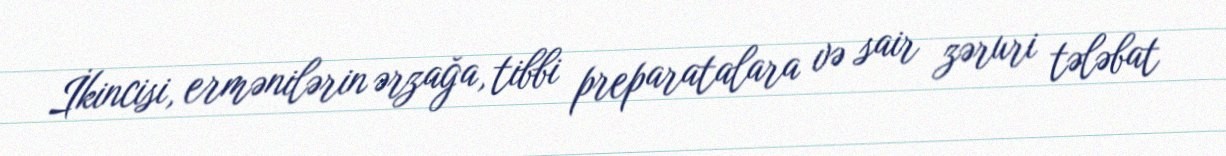
İkincisi, ermənilərin ərzağa, tibbi preparatalara və sair zəruri tələbat